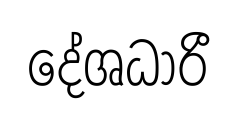
දේශධාරී